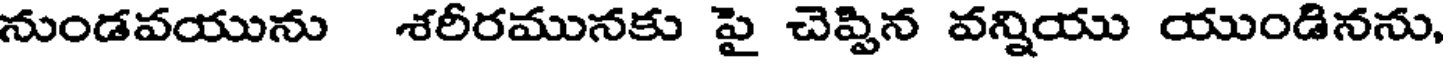
నుండవయును శరీరమునకు పై చెప్పిన వన్నియు యుండినను,